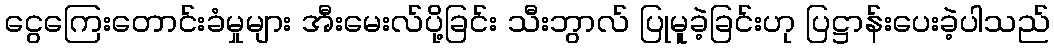
ငွေကြေးတောင်းခံမှုများ အီးမေးလ်ပို့ခြင်း သီးဘွာလ် ပြုမူခဲ့ခြင်းဟု ပြဋ္ဌာန်းပေးခဲ့ပါသည်